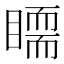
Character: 𥋃